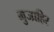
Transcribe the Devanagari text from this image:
मुजाहिर